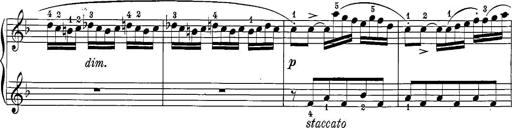
Title: 12 Sonatine per Pianoforte
Composer: Friedrich Kuhlau